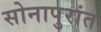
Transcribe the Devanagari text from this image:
सोनापुरांत